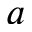
a